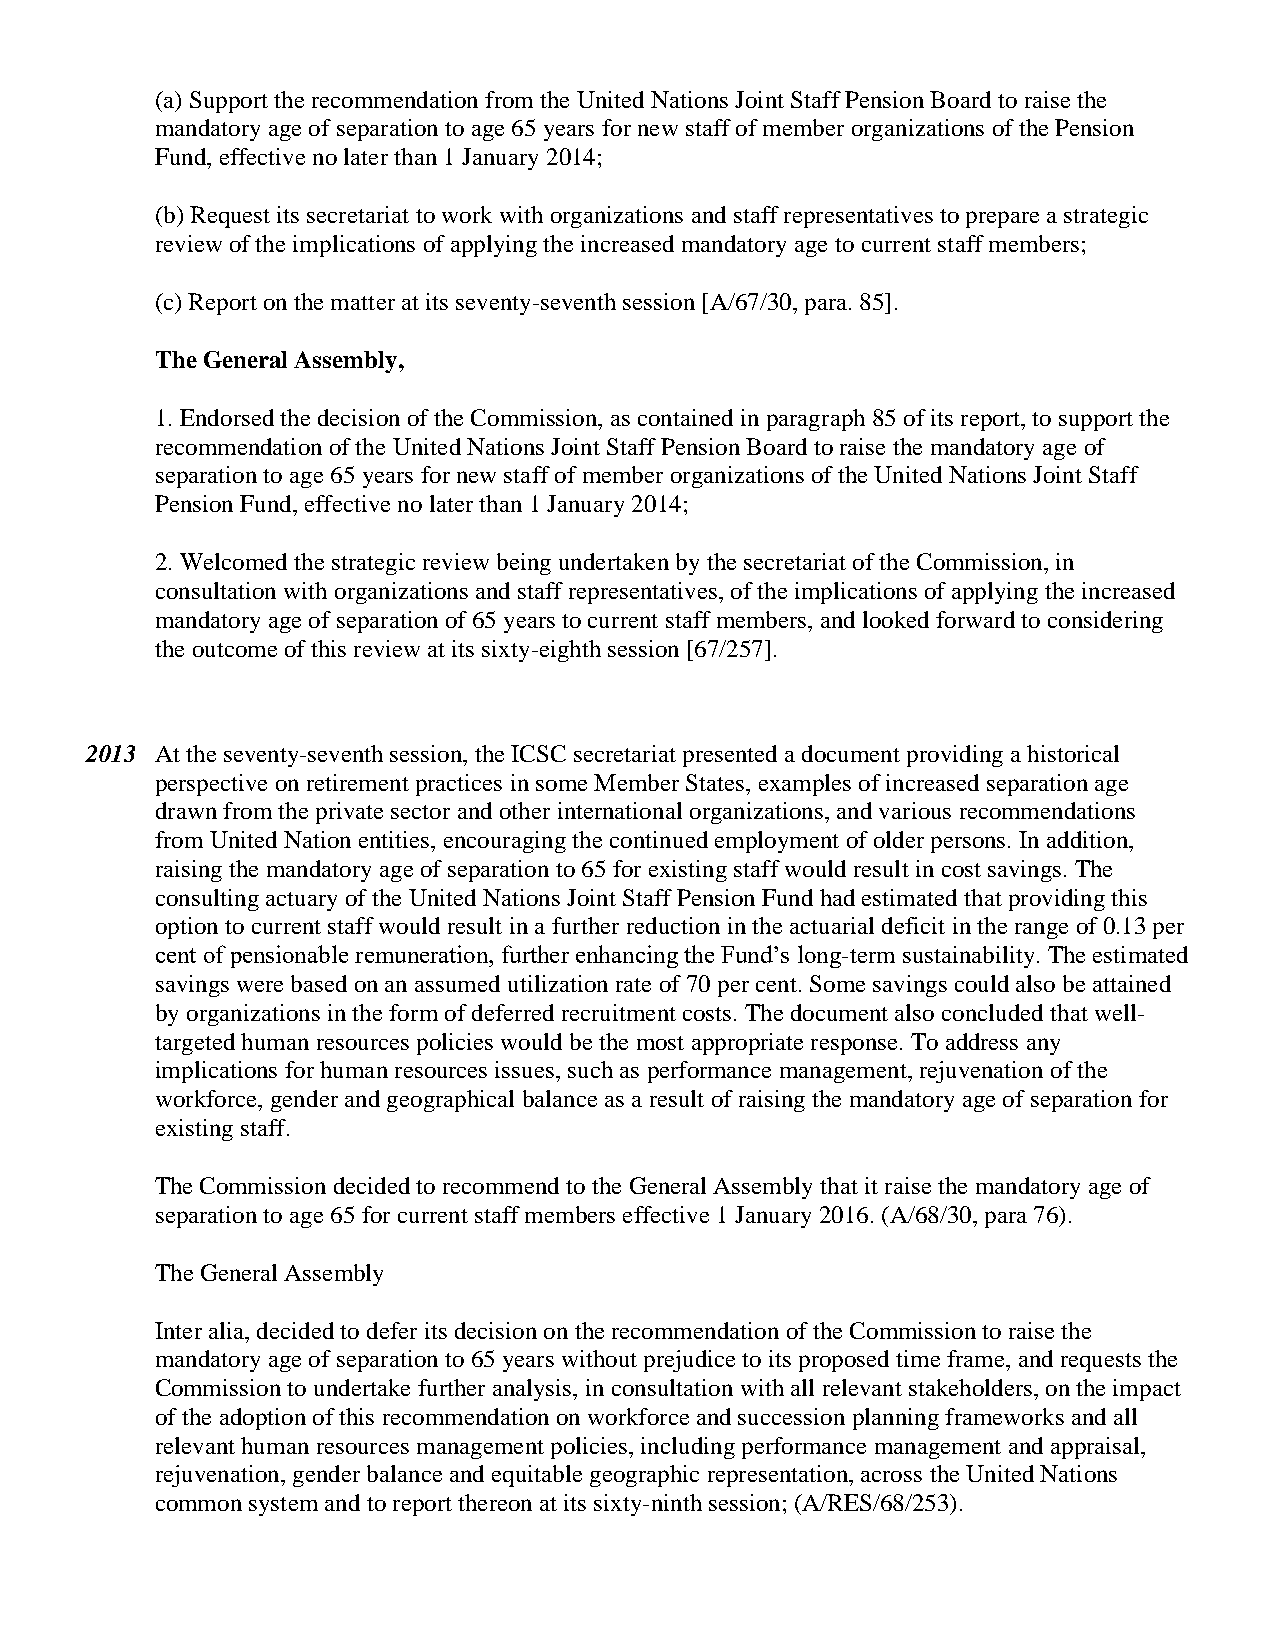
(a) Support the recommendation from the United Nations Joint Staff Pension Board to raise the
 mandatory age of separation to age 65 years for new staff of member organizations of the Pension
 Fund, effective no later than 1 January 2014;
 (b) Request its secretariat to work with organizations and staff representatives to prepare a strategic
 review of the implications of applying the increased mandatory age to current staff members;
 (c) Report on the matter at its seventy-seventh session [A/67/30, para. 85].
 The General Assembly,
 1. Endorsed the decision of the Commission, as contained in paragraph 85 of its report, to support the
 recommendation of the United Nations Joint Staff Pension Board to raise the mandatory age of
 separation to age 65 years for new staff of member organizations of the United Nations Joint Staff
 Pension Fund, effective no later than 1 January 2014;
 2. Welcomed the strategic review being undertaken by the secretariat of the Commission, in
 consultation with organizations and staff representatives, of the implications of applying the increased
 mandatory age of separation of 65 years to current staff members, and looked forward to considering
 the outcome of this review at its sixty-eighth session [67/257].
 2013 At the seventy-seventh session, the ICSC secretariat presented a document providing a historical
 perspective on retirement practices in some Member States, examples of increased separation age
 drawn from the private sector and other international organizations, and various recommendations
 from United Nation entities, encouraging the continued employment of older persons. In addition,
 raising the mandatory age of separation to 65 for existing staff would result in cost savings. The
 consulting actuary of the United Nations Joint Staff Pension Fund had estimated that providing this
 option to current staff would result in a further reduction in the actuarial deficit in the range of 0.13 per
 cent of pensionable remuneration, further enhancing the Fund’s long-term sustainability. The estimated
 savings were based on an assumed utilization rate of 70 per cent. Some savings could also be attained
 by organizations in the form of deferred recruitment costs. The document also concluded that well-
 targeted human resources policies would be the most appropriate response. To address any
 implications for human resources issues, such as performance management, rejuvenation of the
 workforce, gender and geographical balance as a result of raising the mandatory age of separation for
 existing staff.
 The Commission decided to recommend to the General Assembly that it raise the mandatory age of
 separation to age 65 for current staff members effective 1 January 2016. (A/68/30, para 76).
 The General Assembly
 Inter alia, decided to defer its decision on the recommendation of the Commission to raise the
 mandatory age of separation to 65 years without prejudice to its proposed time frame, and requests the
 Commission to undertake further analysis, in consultation with all relevant stakeholders, on the impact
 of the adoption of this recommendation on workforce and succession planning frameworks and all
 relevant human resources management policies, including performance management and appraisal,
 rejuvenation, gender balance and equitable geographic representation, across the United Nations
 common system and to report thereon at its sixty-ninth session; (A/RES/68/253).